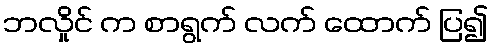
ဘလှိုင် က စာရွက် လက် ထောက် ပြ၍